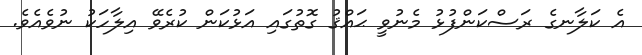
އެ ކަލާނގެ ރަސްކަންފުޅު މެނުވީ ޙައްޤު ގޮތުގައި އަޅުކަން ކުރެވޭ އިލާހަކު ނުވެއެވެ.